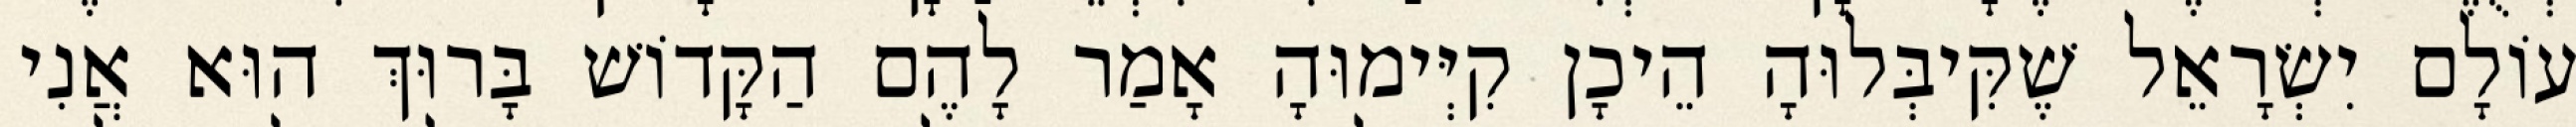
עוֹלָם יִשְׂרָאֵל שֶׁקִּיבְּלוּהָ הֵיכָן קִיְּימוּהָ אָמַר לָהֶם הַקָּדוֹשׁ בָּרוּךְ הוּא אֲנִי